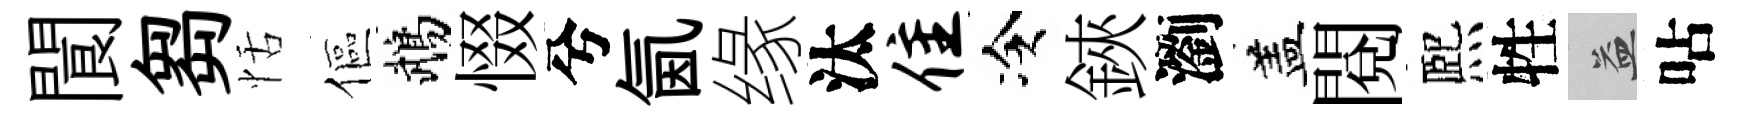
閬芻恬傴鵡惙兮氤缘汰隹冷鋏瀏盖閲熈牲益呫